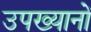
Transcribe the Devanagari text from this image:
उपख्यानों